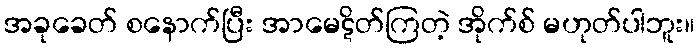
အခုခေတ် စနောက်ပြီး အာမေဋိတ်ကြတဲ့ အိုက်စ် မဟုတ်ပါဘူး။